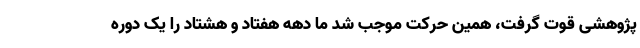
پژوهشی قوت گرفت، همین حرکت موجب شد ما دهه هفتاد و هشتاد را یک دوره